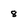
Character: 8